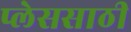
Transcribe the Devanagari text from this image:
प्लेससाठी